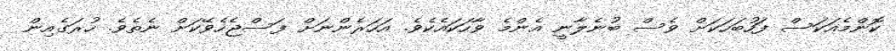
ކޮންމެއަކަސް ފަހުބަހަކަށް ވެސް ބުނެލާނީ އެންމެ ވާހަކައެކެވެ. އަހަރެންނަށް ފަސްޖެހެވޭކަށް ނެތެވެ. ހުރަގެއިން